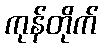
ကုန်တိုက်